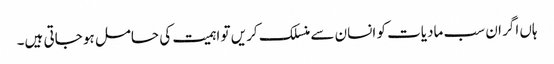
ہاں اگر ان سب مادیات کو انسان سے منسلک کریں تو اہمیت کی حامل ہو جاتی ہیں۔